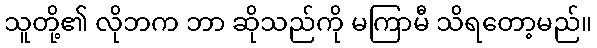
သူတို့၏ လိုဘက ဘာ ဆိုသည်ကို မကြာမီ သိရတော့မည်။